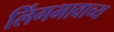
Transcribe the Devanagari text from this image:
लिंगभावाच्य